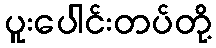
ပူးပေါင်းတပ်တို့